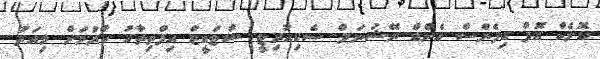
ކޮލެކް އޮފް ޑިފެންސް އެންޑް ނޭޝަނަލް ސެކިއުރިޓީ ސްޓަޑީޒް އިފްތިތާހު ކުރުމަށް މިއަދު